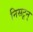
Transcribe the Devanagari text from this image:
निसटून्